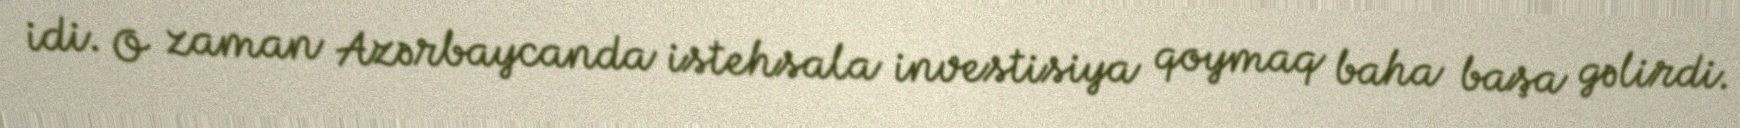
idi. O zaman Azərbaycanda istehsala investisiya qoymaq baha başa gəlirdi.